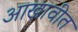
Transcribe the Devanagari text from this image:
आखावीत